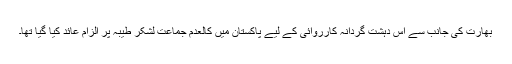
بھارت کی جانب سے اس دہشت گردانہ کارروائی کے لیے پاکستان میں کالعدم جماعت لشکر طیبہ پر الزام عائد کیا گیا تھا۔